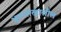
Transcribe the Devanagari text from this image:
भूतलाखालील